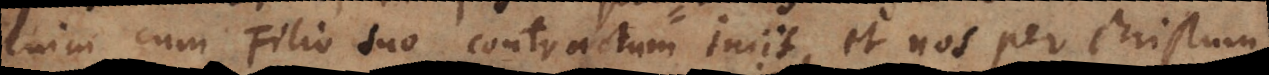
enim cum Filio suo contractum iniit, et nos per Christum